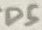
Text: D5